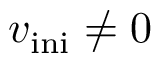
v _ { \mathrm { i n i } } \neq 0